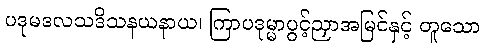
ပဒုမဒလသဒိသနယနာယ၊ ကြာပဒုမ္မာပွင့်ညှာအမြင်နှင့် တူသော